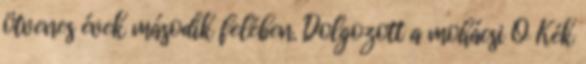
ötvenes évek második felében. Dolgozott a mohácsi Ó Kék